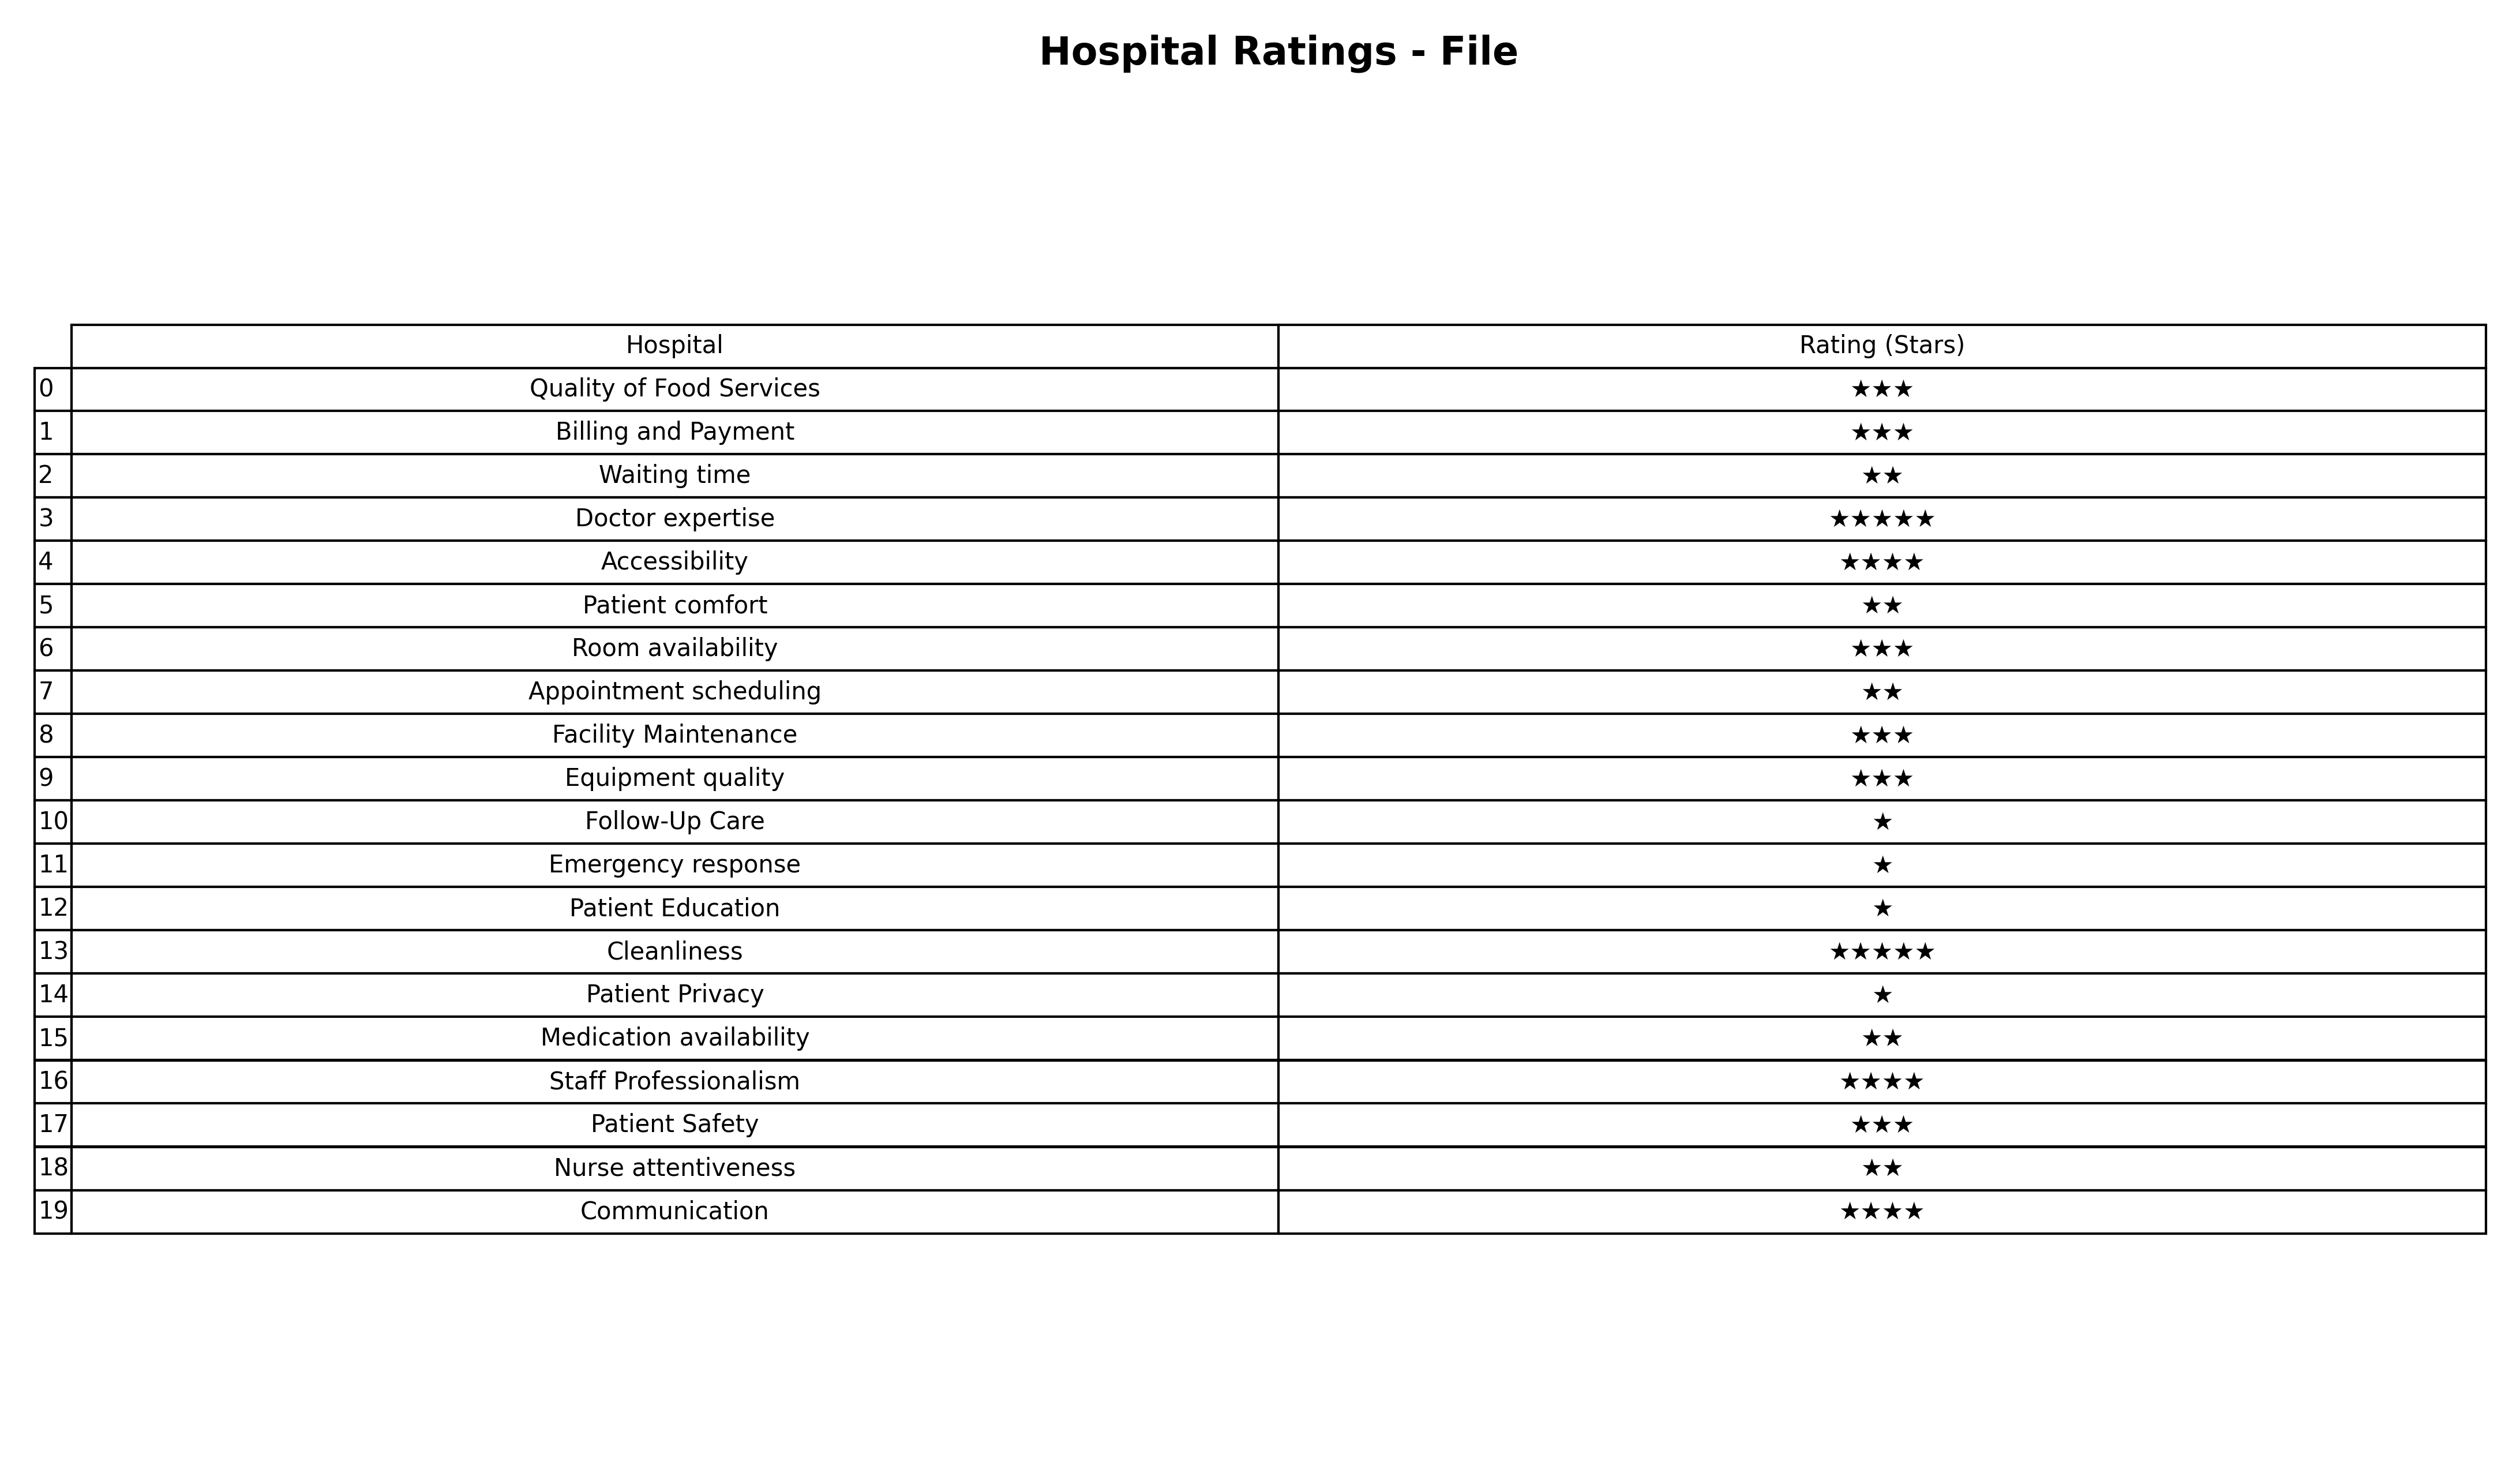
question: What is the rating of Equipment quality?
answer: ★★★